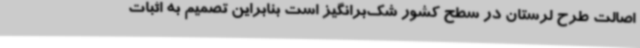
اصالت طرح لرستان در سطح کشور شک‌برانگیز است بنابراین تصمیم به اثبات